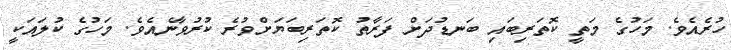
ހުރެއެވެ. މަހުގެ މަތީ ކޮތަރިބައި ބަނޑުދަށް ފަރާތު ކޮތަރިބަޔަށްވުރެ ކުރުވާނެއެވެ. މަހުގެ ކުލައަކީ